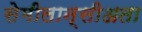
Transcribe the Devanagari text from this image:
सेमीलान्सीअता